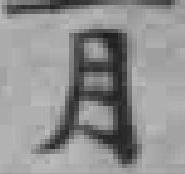
月